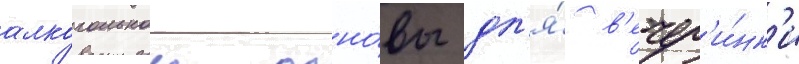
алкогольнои осно́вы дл'я́ в'ечер'и́нк'и